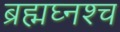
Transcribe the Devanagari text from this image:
ब्रह्मघ्नश्च